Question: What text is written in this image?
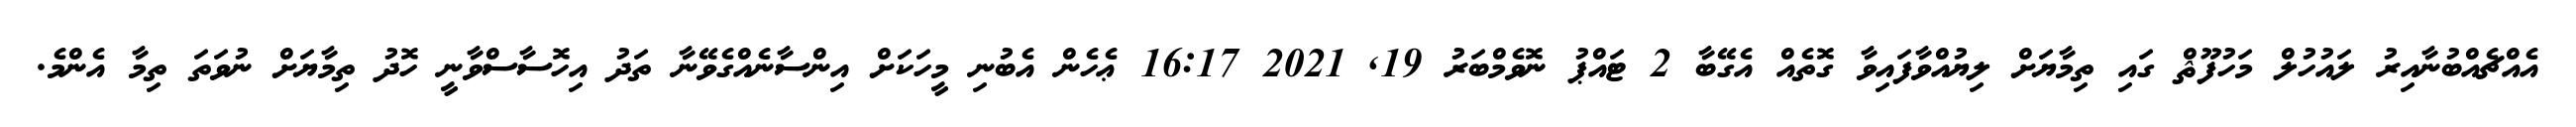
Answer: އެއްޗެއްބުނާއިރު ލައުހުލް މަހުފޫޘް ގައި ތިމާޔަށް ލިޔުއްވާފައިވާ ގޮތެއް އެގޭބާ 2 ޓައްޕު ނޮވެމްބަރު 19, 2021 16:17 ޢެހެން އެބުނި މީހަކަށް އިންސާނެއްގެވޭނާ ތަދު އިހޮސާސްވާނީ ހޮދު ތިމާޔަށް ނުވަތަ ތިމާ އެންމެ.